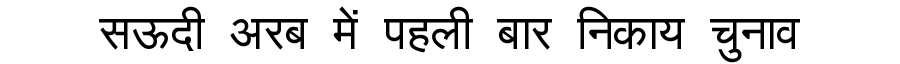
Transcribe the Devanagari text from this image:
सऊदी अरब में पहली बार निकाय चुनाव